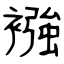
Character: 襁